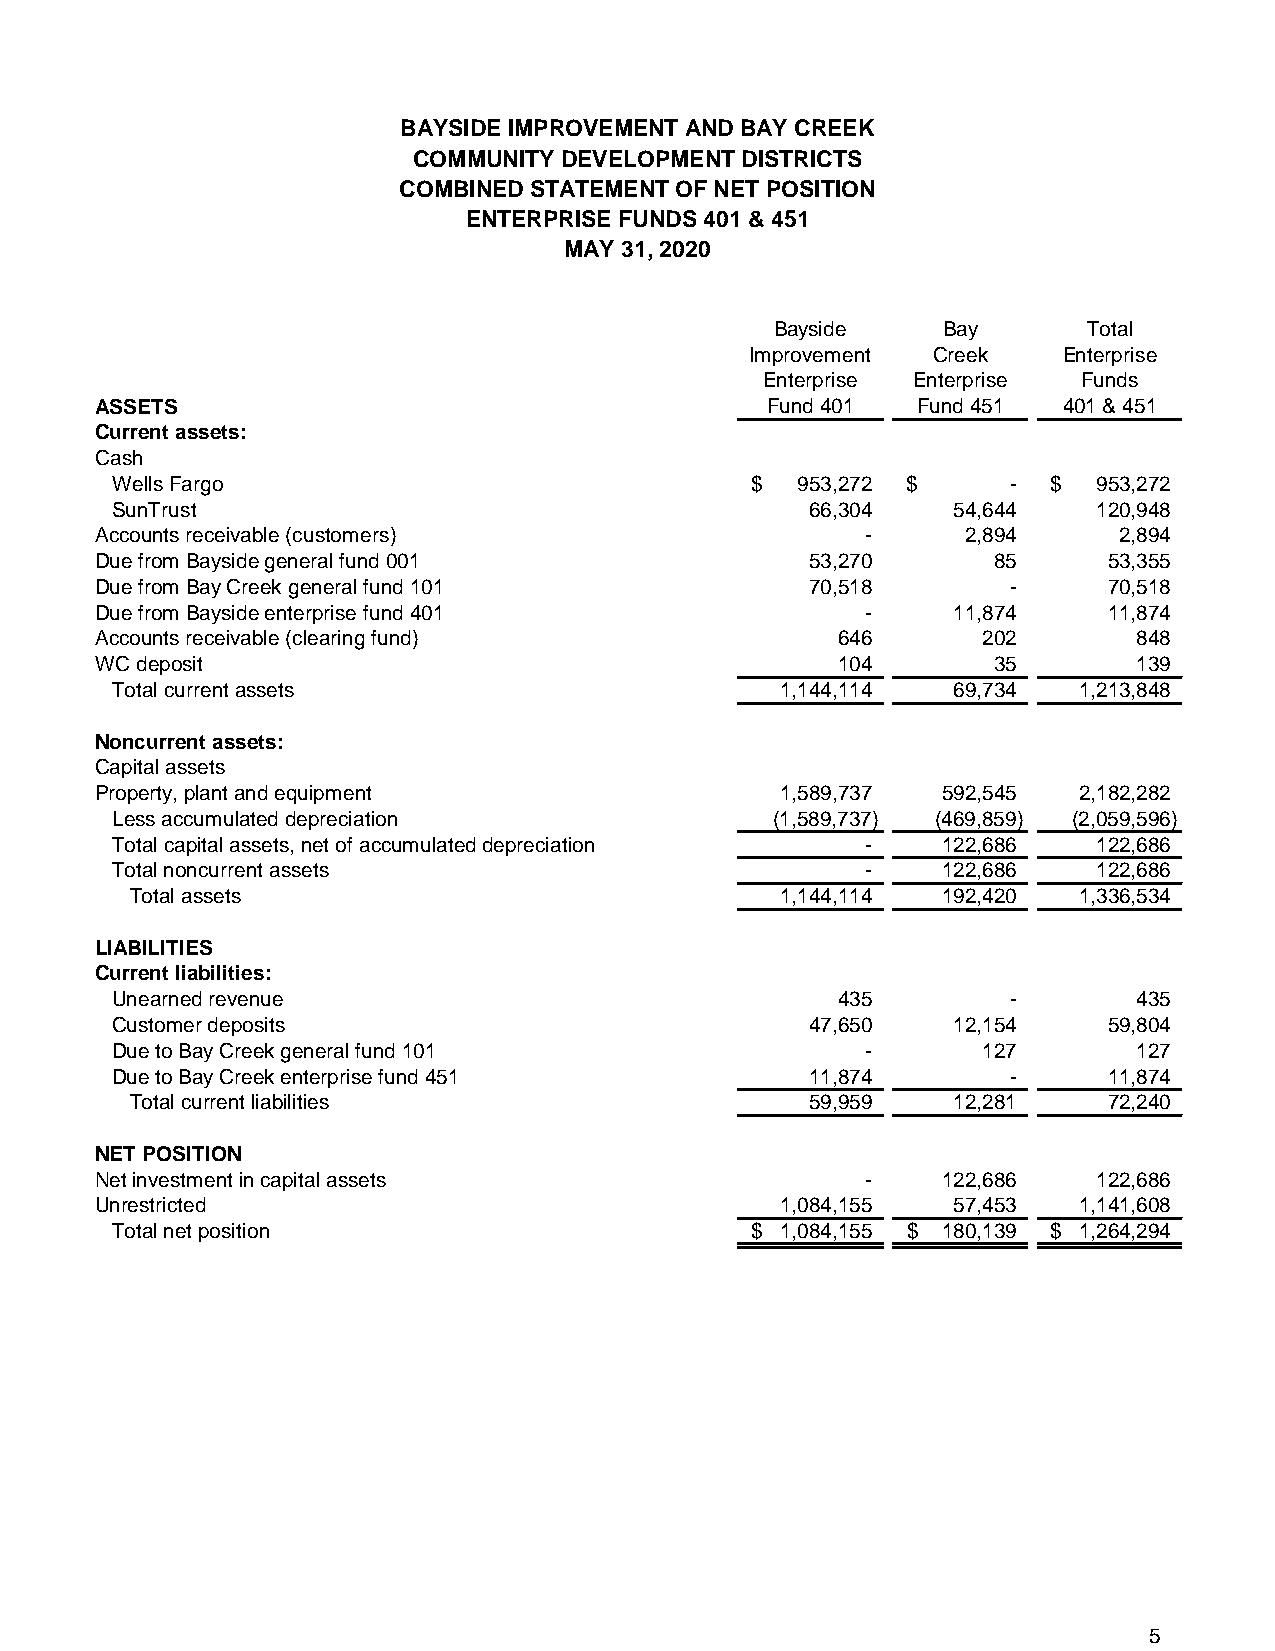
BAYSIDE IMPROVEMENT AND BAY CREEK
 COMMUNITY DEVELOPMENT DISTRICTS
 COMBINED STATEMENT OF NET POSITION
 ENTERPRISE FUNDS 401 & 451
 MAY 31, 2020
 Bayside    Bay       Total
 Improvement Creek   Enterprise
 Enterprise Enterprise Funds
 ASSETS                                       Fund 401  Fund 451 401 & 451
 Current assets:
 Cash
 Wells Fargo                                $  9 53,272 $    -  $  9 53,272
 SunTrust                                       6 6,304  5 4,644   1 20,948
 Accounts receivable (customers)                    -      2 ,894    2 ,894
 Due from Bayside general fund 001               5 3,270     8 5    5 3,355
 Due from Bay Creek general fund 101             7 0,518      -     7 0,518
 Due from Bayside enterprise fund 401               -     1 1,874   1 1,874
 Accounts receivable (clearing fund)              6 46      2 02      8 48
 WC deposit                                       1 04       3 5      1 39
 Total current assets                         1 ,144,114 6 9,734 1 ,213,848
 Noncurrent assets:
 Capital assets
 Property, plant and equipment                 1 ,589,737 5 92,545 2 ,182,282
 Less accumulated depreciation               ( 1,589,737) ( 469,859) ( 2,059,596)
 Total capital assets, net of accumulated depreciation - 122,686   122,686
 Total noncurrent assets                           -    122,686    122,686
 Total assets                               1,144,114 192,420  1,336,534
 LIABILITIES
 Current liabilities:
 Unearned revenue                                435         -       435
 Customer deposits                              47,650   12,154    59,804
 Due to Bay Creek general fund 101                 -       127       127
 Due to Bay Creek enterprise fund 451           11,874       -     11,874
 Total current liabilities                    5 9,959  1 2,281   7 2,240
 NET POSITION
 Net investment in capital assets                   -    1 22,686   1 22,686
 Unrestricted                                  1 ,084,155 5 7,453 1 ,141,608
 Total net position                         $ 1 ,084,155 $ 1 80,139 $ 1 ,264,294
 5